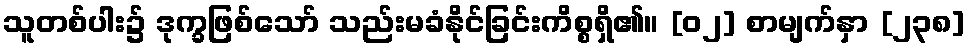
သူတစ်ပါး၌ ဒုက္ခဖြစ်သော် သည်းမခံနိုင်ခြင်းကိစ္စရှိ၏။ [၀၂] စာမျက်နှာ [၂၃၈]